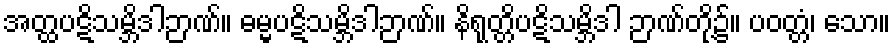
အတ္ထပဋိသမ္ဘိဒါဉာဏ်။ ဓမ္မပဋိသမ္ဘိဒါဉာဏ်။ နိရုတ္တိပဋိသမ္ဘိဒါ ဉာဏ်တို့၌။ ပဝတ္တံ၊ သော။